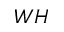
W H